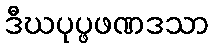
ဒီဃပုပ္ဖဖဏဒသာ